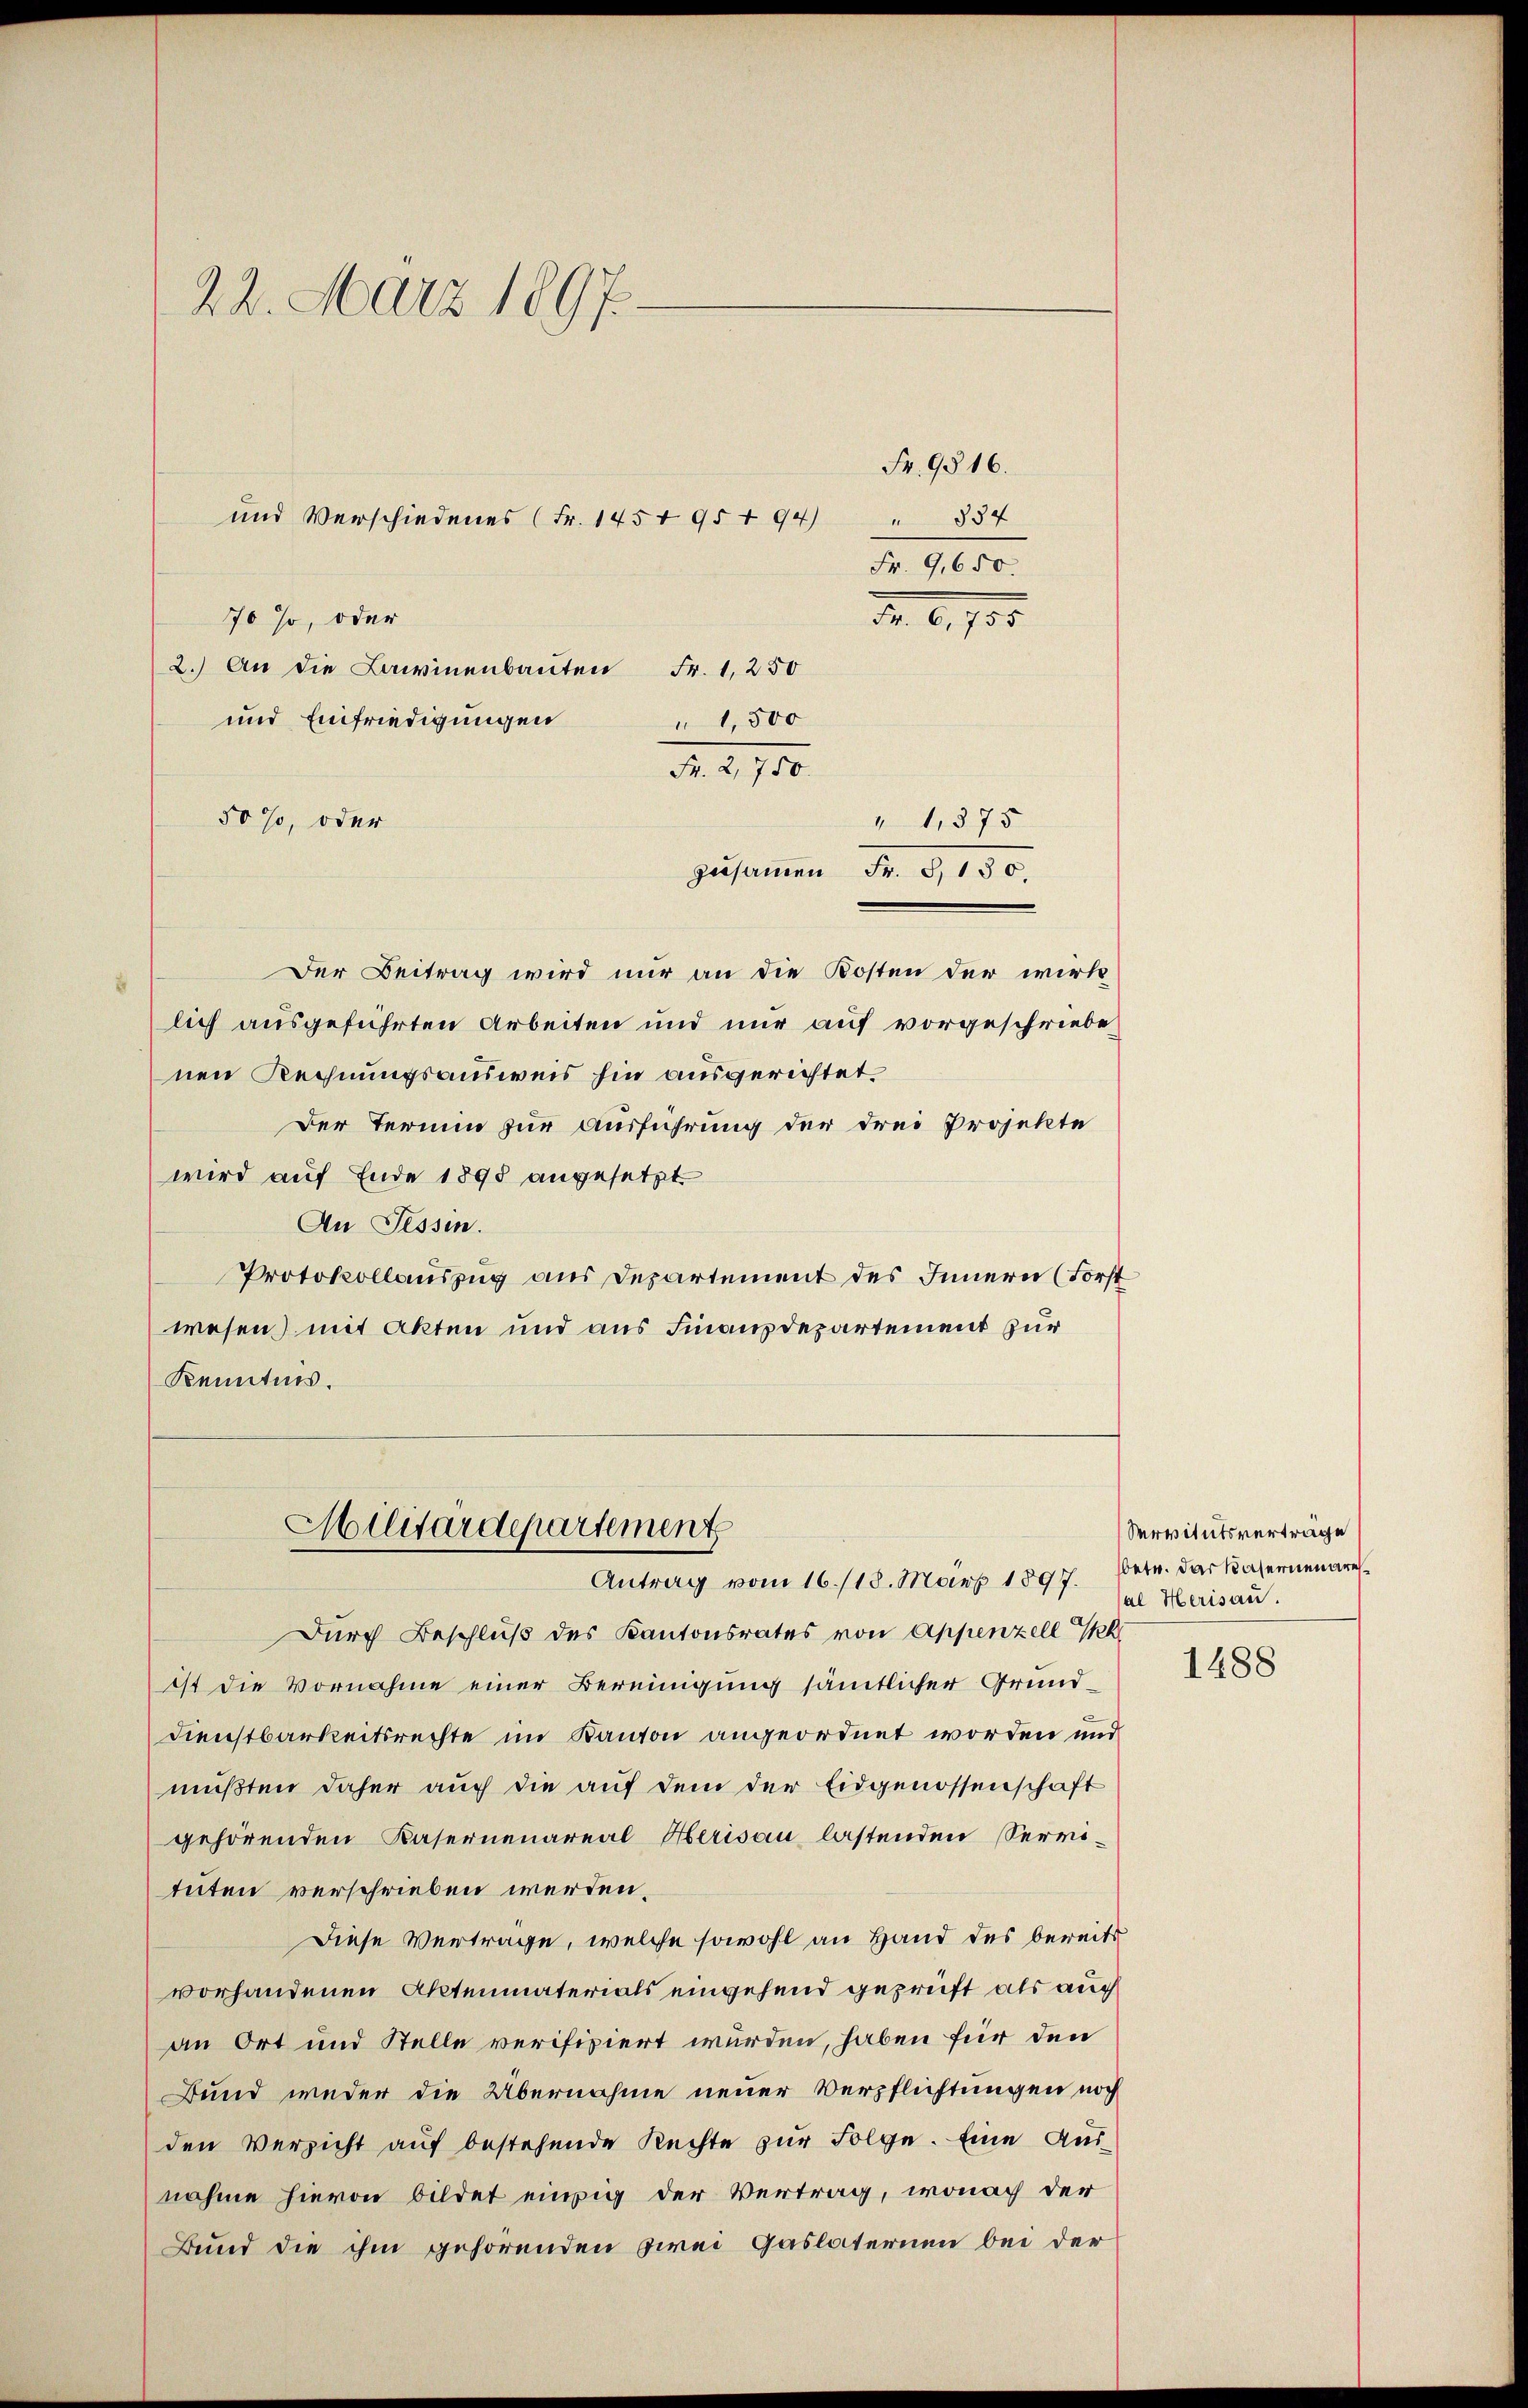
22. März 1897.

und Verschiedenes (Fr. 1454 95 t 94) " 334
770 so, oder
2.) An die Livinenbauten Fr. 1250
und Einfriedigungen
1,500
Fr. 2,750.
50%, oder
zusammen Fr. 8,150.
Der Beitrag wird nur an die Kosten der wirk
lich ausgeführten Arbeiten und nur auf vorgeschriebe
nen Rechnungsausweis hin ausgerichtet.
Der Termin zur Ausführung der drei Projekte
wird auf Ende 1895 angesetzt.
An Tessin.
Protokollauszug aus Departement des Innern (Forst
wesen) mit Akten und aus Finanzdepartement zur
Kenntnis.

Fr. 9816.
Fr. 9,650.
Fr. 6. 755.

1,375

Militärdepartement
Antrag vom 16./18. März 1897.

Durch Beschluß des Kantonsrates von Appenzell h
ist die Vornahme einer Bereinigung sämtlicher Grund¬
Dienstbarkeitsrechte im Kanton angeordnet worden und
mußten daher auch die auf dem der Eidgenossenschaft
gehörenden Kasernenareal Herisau lastenden Servituten verschrieben werden.
Diese Vertrage, welche sowohl an Hand des bereits
vorhandenen Aktenmaterials eingehend geprüft als auch
an Ort und Stelle verifiziert wurden, haben für den
Bund weder die Übernahme neuer Verpflichtungen noch
den Versicht aŭf bestehende Rechte zŭr Folge. Eine Ausnahme hievon bildet einzig der Vertrag, wonach der
Bund die ihm gehörenden zwei Gaslaternen bei der

Servitutsverträge
sbetr. darkasernen res
al Herisau.

1488